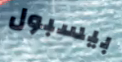
بيسبول